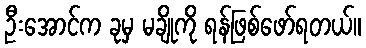
ဦးအောင်က ခုမှ မချိုကို ရန်ဖြစ်ဖော်ရတယ်။